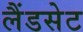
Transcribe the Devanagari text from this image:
लैंडसेट